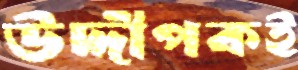
উদ্দীপকই